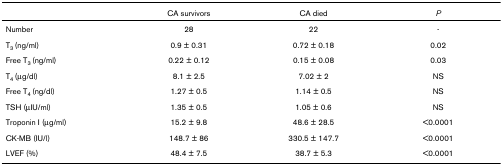
<table><thead><tr><td></td><td><b>CA survivors</b></td><td><b>CA died</b></td><td><b><i>P</i></b></td></tr></thead><tbody><tr><td>Number</td><td>28</td><td>22</td><td>-</td></tr><tr><td>T<sub>3 </sub>(ng/ml)</td><td>0.9 ± 0.31</td><td>0.72 ± 0.18</td><td>0.02</td></tr><tr><td>Free T<sub>3 </sub>(ng/ml)</td><td>0.22 ± 0.12</td><td>0.15 ± 0.08</td><td>0.03</td></tr><tr><td>T<sub>4 </sub>(μg/dl)</td><td>8.1 ± 2.5</td><td>7.02 ± 2</td><td>NS</td></tr><tr><td>Free T<sub>4 </sub>(ng/dl)</td><td>1.27 ± 0.5</td><td>1.14 ± 0.5</td><td>NS</td></tr><tr><td>TSH (μIU/ml)</td><td>1.35 ± 0.5</td><td>1.05 ± 0.6</td><td>NS</td></tr><tr><td>Troponin I (μg/ml)</td><td>15.2 ± 9.8</td><td>48.6 ± 28.5</td><td>&lt;0.0001</td></tr><tr><td>CK-MB (IU/l)</td><td>148.7 ± 86</td><td>330.5 ± 147.7</td><td>&lt;0.0001</td></tr><tr><td>LVEF (%)</td><td>48.4 ± 7.5</td><td>38.7 ± 5.3</td><td>&lt;0.0001</td></tr></tbody></table>